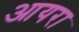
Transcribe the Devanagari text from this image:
आयरा